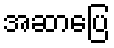
အဆာပြေ